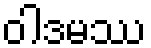
ဝါဒမဿ